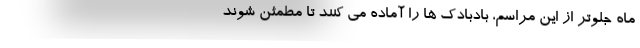
ماه جلوتر از این مراسم، بادبادک ها را آماده می کنند تا مطمئن شوند